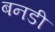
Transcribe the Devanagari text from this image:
बनडी